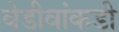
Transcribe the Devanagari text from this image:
वेडीवांकडी